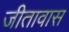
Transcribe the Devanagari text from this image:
जीतावास